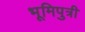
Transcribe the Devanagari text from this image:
भूमिपुत्री